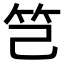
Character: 𥫟